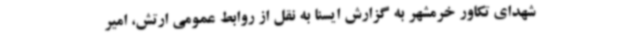
شهدای تکاور خرمشهر به گزارش ایسنا به نقل از روابط عمومی ارتش، امیر